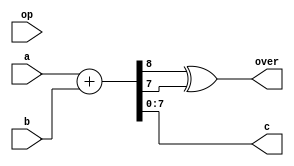
`timescale 1ns / 1ps
//////////////////////////////////////////////////////////////////////////////////
// Company: 
// Engineer: 
// 
// Design Name: 
// Module Name:    Alu 
// Project Name: 
// Target Devices: 
// Tool versions: 
// Description: 
//
// Dependencies: 
//
// Revision: 
// Revision 0.01 - File Created
// Additional Comments: 
//
//////////////////////////////////////////////////////////////////////////////////
module Alu(
    input op,
    input [7:0] a,
    input [7:0] b,
    output [7:0] c,
    output over
    );
	 
	 reg [8:0] cOut;
	 reg overOut;
	 
	 assign c = cOut[7:0];
	 assign over = cOut[8]^cOut[7];
	 
	 always @(*) begin
		cOut=a+b;
	 end
	 
endmodule